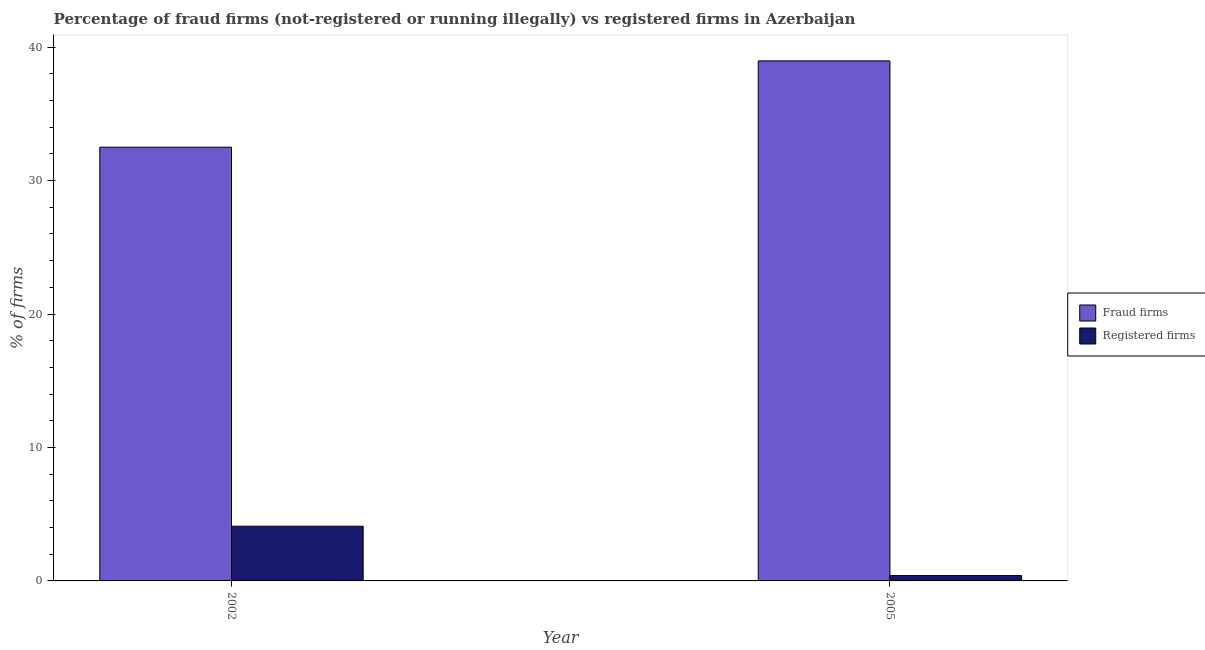
| Year | Fraud firms | Registered firms |
 | --- | --- | --- |
 | 2002 | 32.5 | 4.1 |
 | 2005 | 39 | 0.4 |